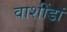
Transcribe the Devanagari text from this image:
वाशींडां